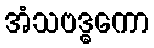
အံသဗဒ္ဓကော